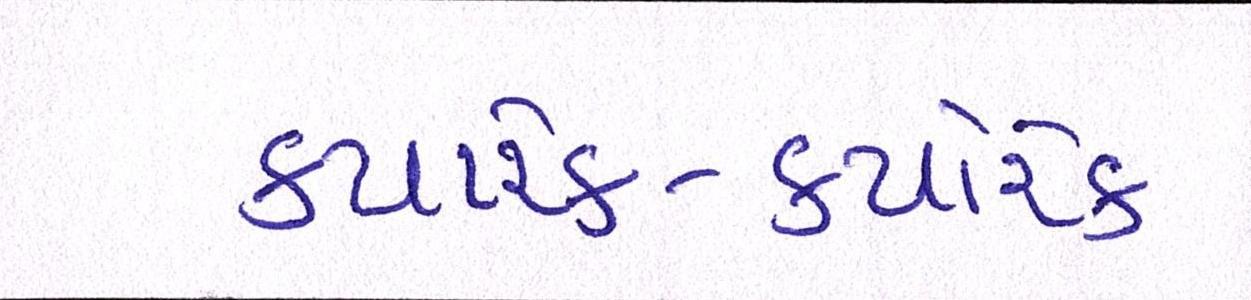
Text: ક્યારેક-ક્યારેક